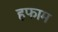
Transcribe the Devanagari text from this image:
हफाम